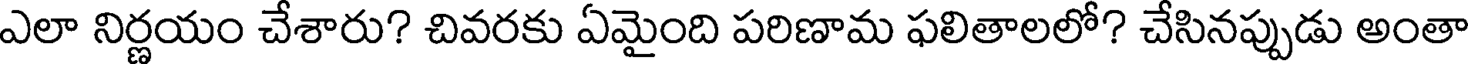
ఎలా నిర్ణయం చేశారు? చివరకు ఏమైంది పరిణామ ఫలితాలలో? చేసినప్పుడు అంతా